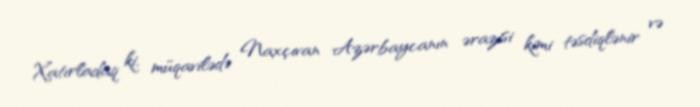
Xatırladaq ki, müqavilədə Naxçıvan Azərbaycanın ərazisi kimi təsdiqlənir və